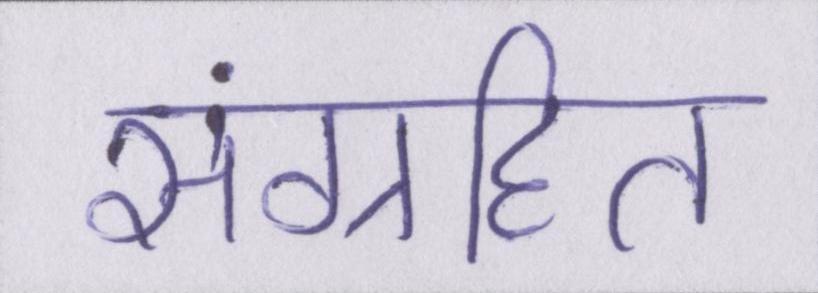
संग्रहित